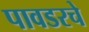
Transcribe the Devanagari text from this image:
पावडरचे